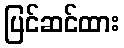
ပြင်ဆင်ထား